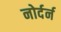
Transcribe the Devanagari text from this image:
नोर्दर्न